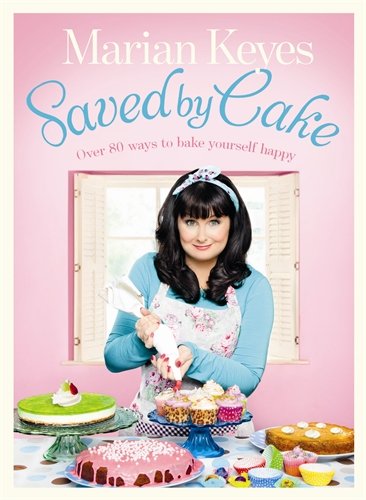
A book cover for Saved By Cake; Marian Keyes; Cookbooks, Food & Wine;